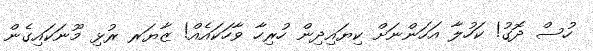
ހުސް ދޮގު! ކަހުލާ އަހަންނަށް ކިޔައިދިން ހުރިހާ ވާހަކައެއް! ޒާޔަރ ރުޅި މޫނަކައިގެން